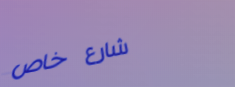
شارع خاص